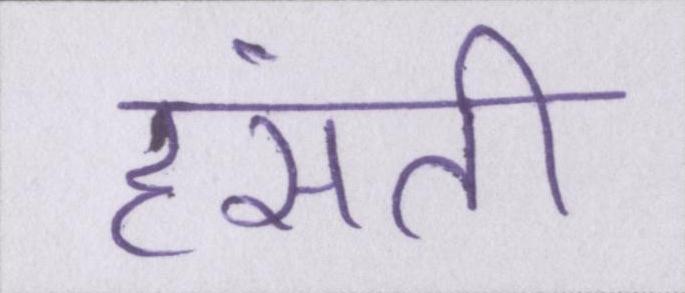
हंसती